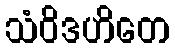
သံဝိဒဟိတေ